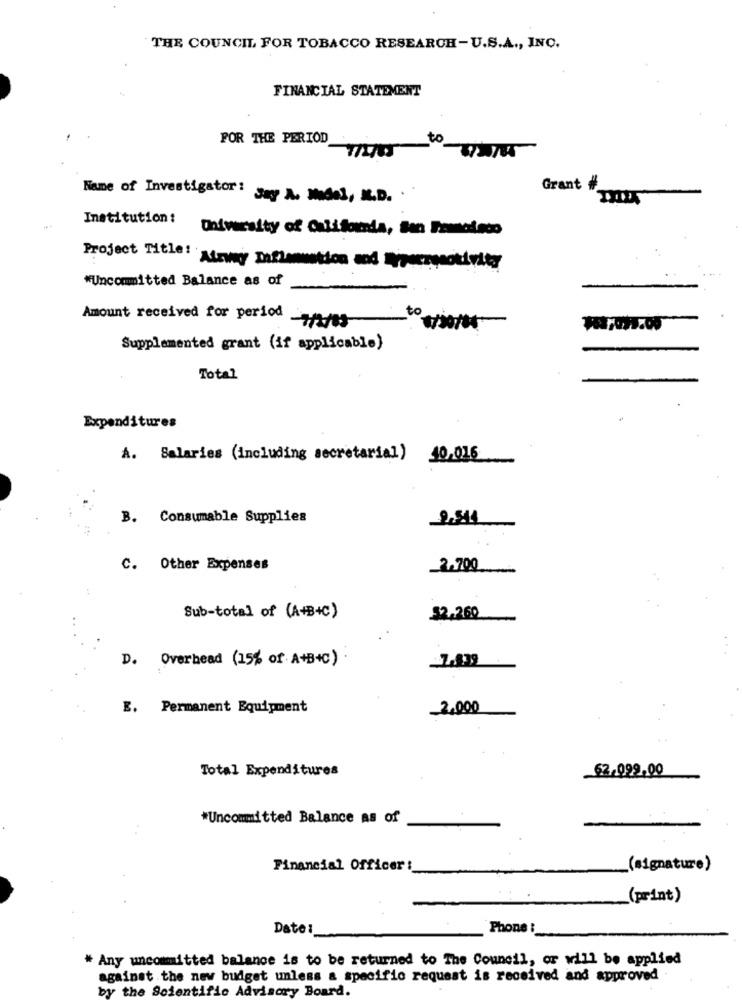
THE COUNCIL FOR TOBACCO RESEARCH-U.S.A ., INC.
FINANCIAL STATEMENT
FOR THE PERIOD
Name of Investigator:
Grant #
Jay A. Model, K.D. .
Institution:
University of California, San Francisco
Project Title: Airway Daflammation and Typeczonotivity
*Uncommitted Balance as of
Amount received for period
to
Supplemented grant (if applicable)
Total
Expenditures
A. Salaries (including secretarial) 10,016
B. Consumable Supplies
2.514
C. Other Expenses
2.700
Sub-total of (A+B+C)
32.260
D. Overhead (15% of A+B+C)
_7,439
E. Permanent Equipment
-2,000
Total Expenditures
62,099,00
*Uncommitted Balance as of
Financial Officer :
(signature)
(print)
Date:
Phone :
* Any uncommitted balance is to be returned to The Council, or will be applied
against the new budget unless a specific request is received and approved
by the Scientific Advisory Board.